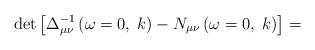
LaTeX: \begin{align*}\det \left[ \Delta _{\mu \nu }^{-1}\left( \omega =0,\;k\right) -N_{\mu \nu}\left( \omega =0,\;k\right) \right] =\end{align*}